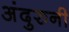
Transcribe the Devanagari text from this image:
अंदुरुनी